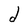
Character: d